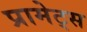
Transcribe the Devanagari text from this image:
प्रामेट्स